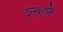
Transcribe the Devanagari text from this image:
वल्कचर्म